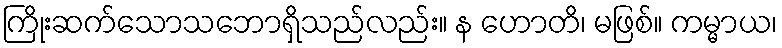
ကြိုးဆက်သောသဘောရှိသည်လည်း။ န ဟောတိ၊ မဖြစ်။ ကမ္မာယ၊